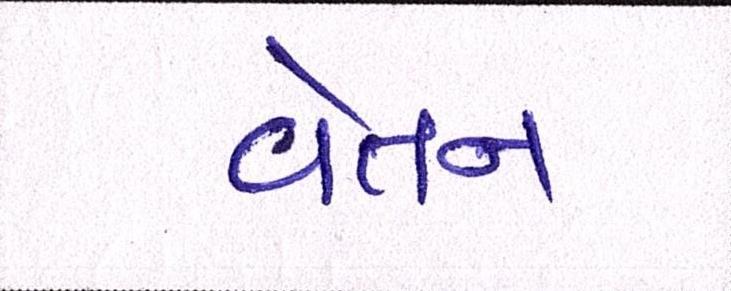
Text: વેતન